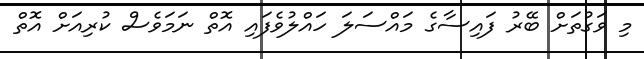
މި ވަގުތަށް ބޭރު ފައިސާގެ މައްސަލަ ހައްލުވެފައި އޮތް ނަމަވެސް ކުރިއަށް އޮތް